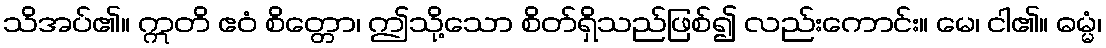
သိအပ်၏။ ဣတိ ဧဝံ စိတ္တော၊ ဤသို့သော စိတ်ရှိသည်ဖြစ်၍ လည်းကောင်း။ မေ၊ ငါ၏။ ဓမ္မံ၊